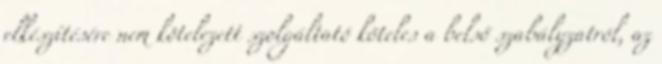
elkészítésére nem kötelezett szolgáltató köteles a belső szabályzatról, az